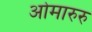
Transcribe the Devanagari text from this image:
ओमारुरु